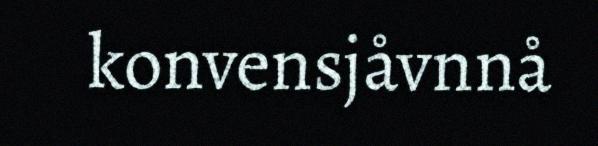
konvensjåvnnå